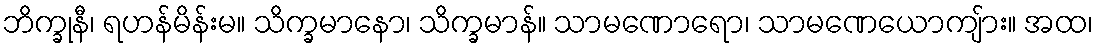
ဘိက္ခုနီ၊ ရဟန်မိန်းမ။ သိက္ခမာနော၊ သိက္ခမာန်။ သာမဏောရော၊ သာမဏေယောကျ်ား။ အထ၊